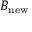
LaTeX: B _ { \mathrm { n e w } }